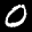
Label: 0